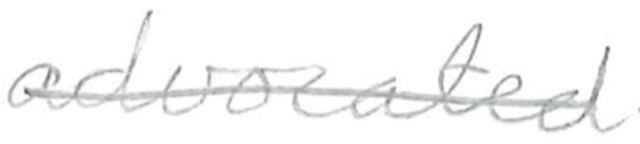
Text: advocated
Cross-out: single-line
Writing tool: pencil